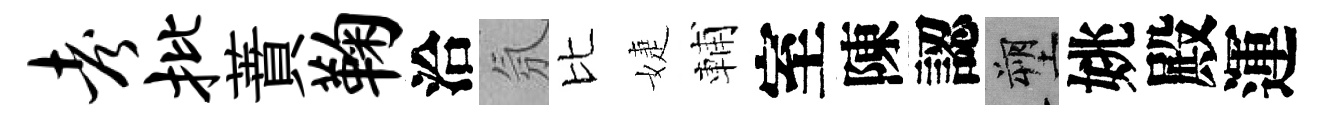
考批蕡鞠洽氛比婕輔室陳認塑姚殿運